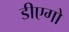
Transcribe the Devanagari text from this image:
डीएगो